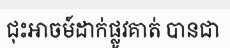
ជុះអាចម៍ដាក់ផ្លូវគាត់ បានជា